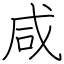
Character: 咸